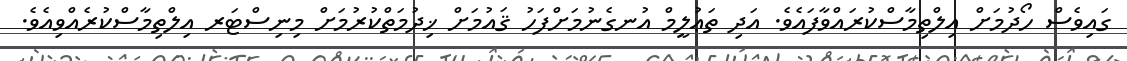
ގައިވެސް ހޯދުމަށް އިލްތިމާސްކުރައްވާފައެވެ. އަދި ތަޢުލީމް އުނގެނުމަށްފަހު ޤައުމަށް ޚިދުމަތްކުރުމަށް މިނިސްޓަރ އިލްތިމާސްކުރެއްވިއެވެ.